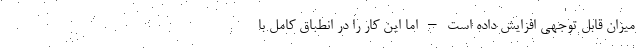
میزان قابل توجهی افزایش داده است – اما این کار را در انطباق کامل با